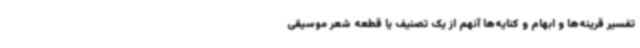
تفسیر قرینه‌ها و ابهام و کنایه‌ها آنهم از یک تصنیف یا قطعه شعر موسیقی